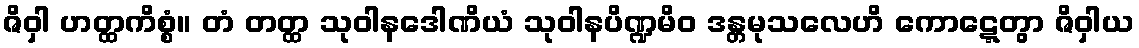
ဇိဝှါ ဟတ္ထကိစ္စံ။ တံ တတ္ထ သုဝါနဒေါဏိယံ သုဝါနပိဏ္ဍမိဝ ဒန္တမုသလေဟိ ကောဋ္ဋေတွာ ဇိဝှါယ